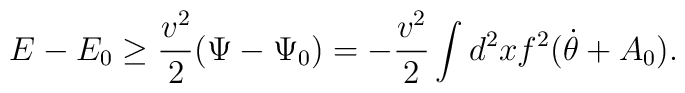
E -  E_0  \ge \frac{v^2}{2} (\Psi -\Psi_0) =- \frac{v^2}{2} \int d^2xf^2(\dot{\theta} + A_0).